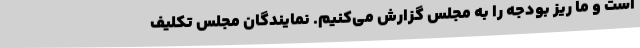
است و ما ریز بودجه را به مجلس گزارش می‌کنیم. نمایندگان مجلس تکلیف